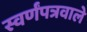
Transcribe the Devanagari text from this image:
स्वर्णंपत्रवाले